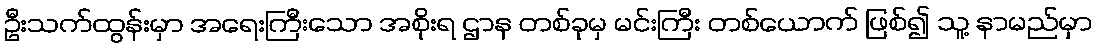
ဦးသက်ထွန်းမှာ အရေးကြီးသော အစိုးရ ဌာန တစ်ခုမှ မင်းကြီး တစ်ယောက် ဖြစ်၍ သူ့ နာမည်မှာ